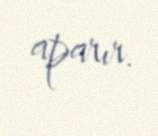
aparır.